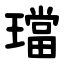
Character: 璫